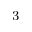
^ \mathrm { 3 }